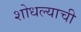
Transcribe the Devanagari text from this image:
शोधल्याची